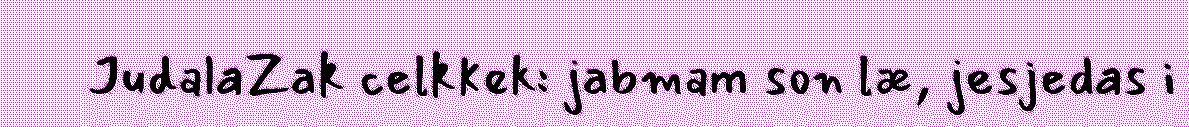
JudalaZak celkkek: jabmam son læ, jesjedas i